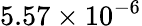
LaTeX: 5.57\times 10^{-6}